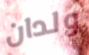
ولدان